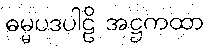
ဓမ္မပဒပါဠိ အဋ္ဌကထာ